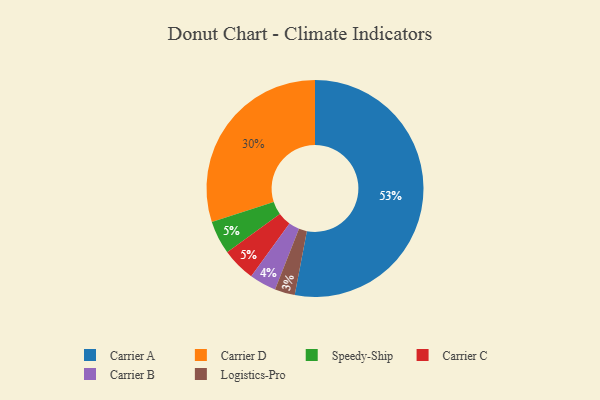
{"axis": {"x": "Category", "y": "Percentage"}, "legend": ["Carrier A", "Carrier B", "Carrier C", "Carrier D", "Logistics-Pro", "Speedy-Ship"], "data": [{"x": "Carrier B", "y": 4, "type": "Carrier B"}, {"x": "Carrier D", "y": 30, "type": "Carrier D"}, {"x": "Speedy-Ship", "y": 5, "type": "Speedy-Ship"}, {"x": "Carrier C", "y": 5, "type": "Carrier C"}, {"x": "Logistics-Pro", "y": 3, "type": "Logistics-Pro"}, {"x": "Carrier A", "y": 53, "type": "Carrier A"}]}